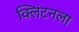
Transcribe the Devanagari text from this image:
क्लिंटनला